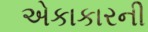
એકાકારની